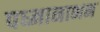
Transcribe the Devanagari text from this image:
पध्मानाभन